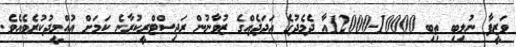
ވަޒީފާ ނުލިބި ތިބި 10000-12000އާ ދެމެދުގެ އަދަދެއްގެ ޒުވާނުން ރަޖިސްޓްރީކުރާނެ ކަމަށް އުއްމީދުކުރެވެއެވެ.